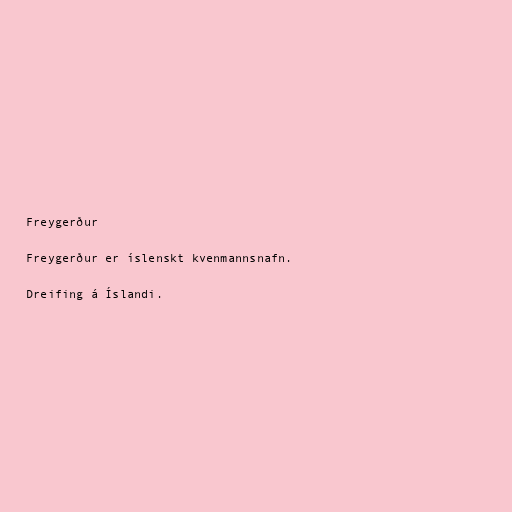
Freygerður

Freygerður er íslenskt kvenmannsnafn.

Dreifing á Íslandi.